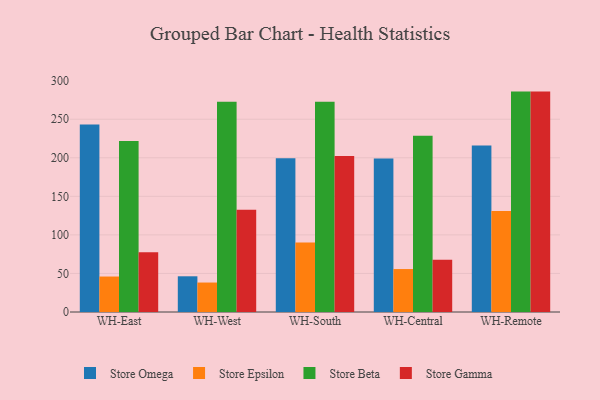
{"axis": {"x": "Warehouse", "y": "Bounce Rate (%)"}, "legend": ["Store Beta", "Store Epsilon", "Store Gamma", "Store Omega"], "data": [{"x": "WH-East", "y": 243.0, "type": "Store Omega"}, {"x": "WH-East", "y": 46.0, "type": "Store Epsilon"}, {"x": "WH-East", "y": 221.9, "type": "Store Beta"}, {"x": "WH-East", "y": 77.6, "type": "Store Gamma"}, {"x": "WH-West", "y": 46.3, "type": "Store Omega"}, {"x": "WH-West", "y": 38.2, "type": "Store Epsilon"}, {"x": "WH-West", "y": 272.6, "type": "Store Beta"}, {"x": "WH-West", "y": 132.6, "type": "Store Gamma"}, {"x": "WH-South", "y": 199.3, "type": "Store Omega"}, {"x": "WH-South", "y": 90.2, "type": "Store Epsilon"}, {"x": "WH-South", "y": 272.6, "type": "Store Beta"}, {"x": "WH-South", "y": 202.2, "type": "Store Gamma"}, {"x": "WH-Central", "y": 198.9, "type": "Store Omega"}, {"x": "WH-Central", "y": 55.7, "type": "Store Epsilon"}, {"x": "WH-Central", "y": 228.6, "type": "Store Beta"}, {"x": "WH-Central", "y": 67.9, "type": "Store Gamma"}, {"x": "WH-Remote", "y": 216.0, "type": "Store Omega"}, {"x": "WH-Remote", "y": 131.0, "type": "Store Epsilon"}, {"x": "WH-Remote", "y": 285.8, "type": "Store Beta"}, {"x": "WH-Remote", "y": 285.8, "type": "Store Gamma"}]}